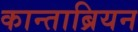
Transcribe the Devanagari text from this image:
कान्ताब्रियन